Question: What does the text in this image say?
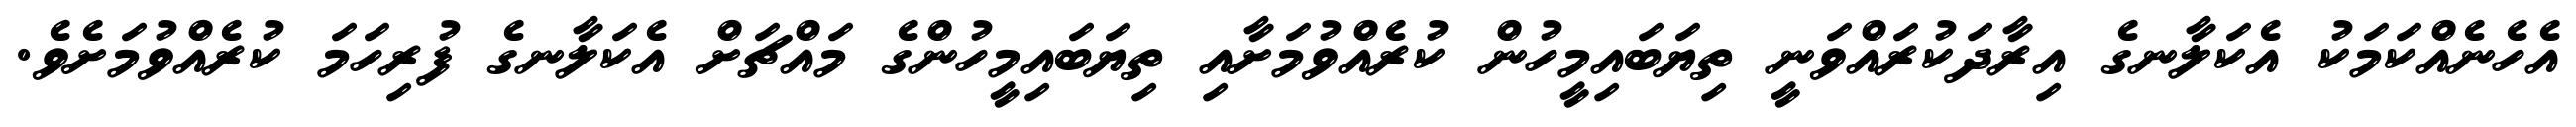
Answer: އެހެނެއްކަމަކު އެކަލާނގެ އިރާދަކުރައްވަނީ ތިޔަބައިމީހުން ކުރެއްވުމަށާއި ތިޔަބައިމީހުންގެ މައްޗަށް އެކަލާނގެ ފުރިހަމަ ކުރެއްވުމަށެވެ.